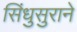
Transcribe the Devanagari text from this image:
सिंधुसुराने